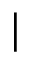
\vert